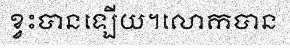
ខ្វះបានឡើយ។លោកបាន